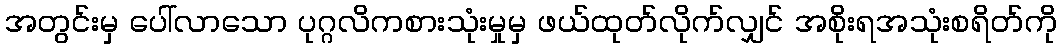
အတွင်းမှ ပေါ်လာသော ပုဂ္ဂလိကစားသုံးမှုမှ ဖယ်ထုတ်လိုက်လျှင် အစိုးရအသုံးစရိတ်ကို